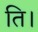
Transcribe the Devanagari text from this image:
ति।